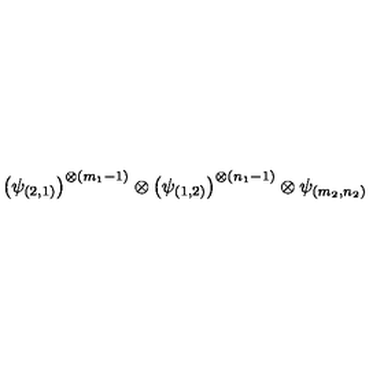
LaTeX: \left( \psi _ { ( 2 , 1 ) } \right) ^ { \otimes ( m _ { 1 } - 1 ) } \otimes \left( \psi _ { ( 1 , 2 ) } \right) ^ { \otimes ( n _ { 1 } - 1 ) } \otimes \psi _ { ( m _ { 2 } , n _ { 2 } ) }